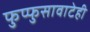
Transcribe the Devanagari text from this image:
फुप्फुसावाटेही